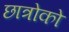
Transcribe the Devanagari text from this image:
छात्रोको